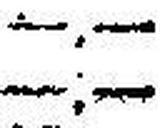
—.—